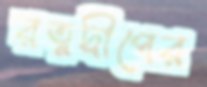
রত্নদ্বীপের